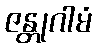
ဇန္တုဂါမံ